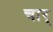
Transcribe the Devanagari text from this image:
चार्